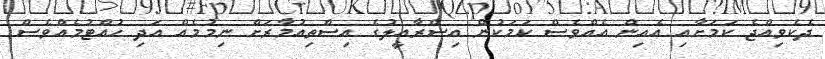
ދެކެވިއްޖެ ކަމަށާއި އެއިން އެއްވެސް ކަމަކުން އިސްރާއީލުގެ އިސްތިއުމާރަށް ނިމުމެއް އަދި ހުއްޓުމެއްވެސް